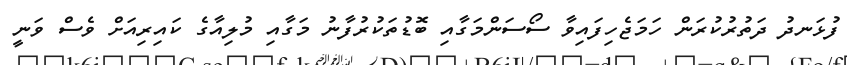
ފުޅަނދު ދަތުރުކުރަން ހަމަޖެހިފައިވާ ސޯސަންމަގާއި ބޮޑުތަކުރުފާނު މަގާއި މުލިއާގެ ކައިރިއަށް ވެސް ވަނީ